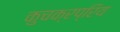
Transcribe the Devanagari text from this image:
कुचक्रप्रिय